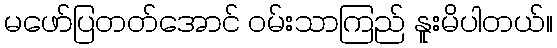
မဖော်ပြတတ်အောင် ဝမ်းသာကြည် နူးမိပါတယ်။